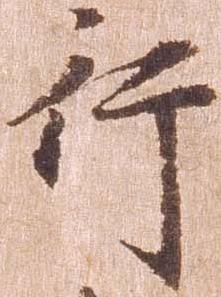
行